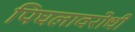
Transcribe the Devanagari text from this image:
पिघलावरोधी